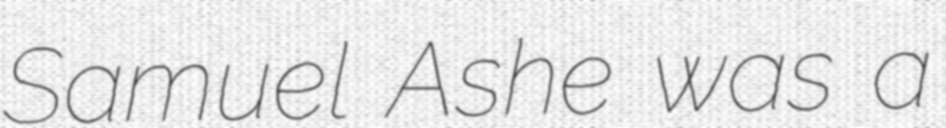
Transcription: Samuel Ashe was a